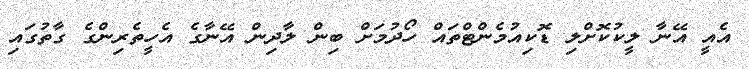
އެއީ އޭނާ ލީކުކޮށްލި ޑޮކިއުމެންޓްތައް ހޯދުމަށް ބިން ލާދިން އޭނާގެ އެހީތެރިންގެ ގާތުގައި